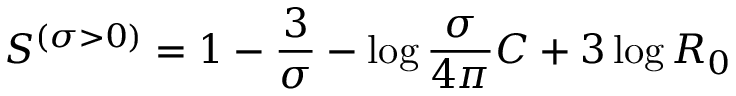
S ^ { \left( { \sigma > 0 } \right) } = 1 - { \frac { 3 } { \sigma } } - \log { \frac { \sigma } { 4 \pi } } C + 3 \log R _ { 0 }